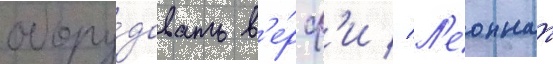
обору́довать в'е́рф'и // Л'еоннат